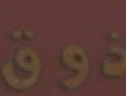
ذوق